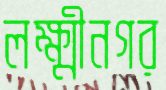
লক্ষ্মীনগর